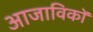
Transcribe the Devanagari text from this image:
आजाविकों